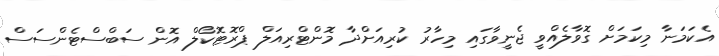
އެކަމަނާ މިކަމަށް ގޮވާލެއްވީ ޖެނީވާގައި މިހާރު ކުރިއަށްދާ މޮންޓްރިއަލް ޕްރޮޓޮކޯލް އޮން ސަބްސްޓެންސަސް